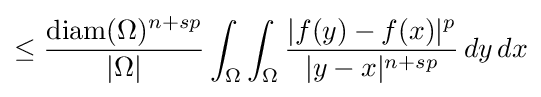
\leq {\frac {{\text{diam}}(\Omega )^{n+sp}}{|\Omega |}}\int _{\Omega }\int _{\Omega }{\frac {|f(y)-f(x)|^{p}}{|y-x|^{n+sp}}}\,dy\,dx